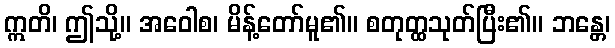
ဣတိ၊ ဤသို့။ အဝေါစ၊ မိန့်တော်မူ၏။ စတုတ္ထသုတ်ပြီး၏။ ဘန္တေ၊